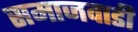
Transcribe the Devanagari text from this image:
समाजवाडी